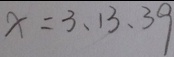
x = 3 、 1 3 、 3 9